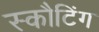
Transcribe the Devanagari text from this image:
स्कौटिंग